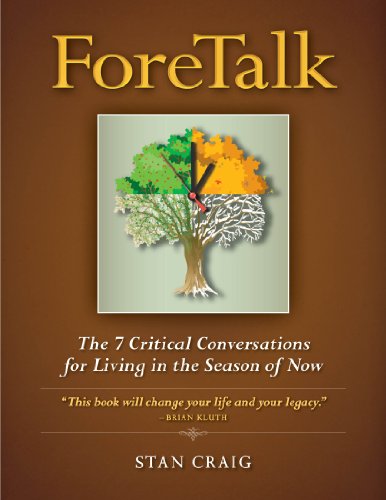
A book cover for Foretalk: The 7 Critical Conversations for Living in the Season of Now; Stan Craig; Law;